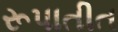
રૂપાતીત